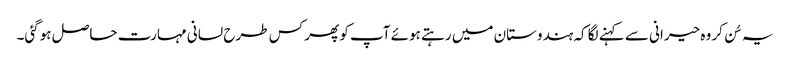
یہ سُن کر وہ حیرانی سے کہنے لگا کہ ہندوستان میں رہتے ہوئے آپ کو پھر کس طرح لسانی مہارت حاصل ہوگئی۔